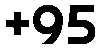
+95